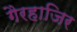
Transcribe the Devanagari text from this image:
गैरहाजिर